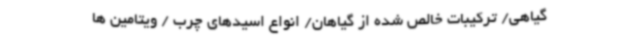
گیاهی/ ترکیبات خالص شده از گیاهان/ انواع اسیدهای چرب / ویتامین ها